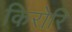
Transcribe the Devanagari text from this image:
किरोरि